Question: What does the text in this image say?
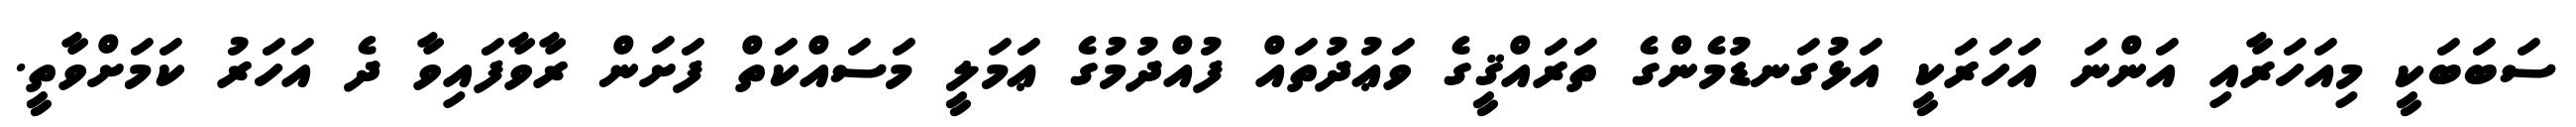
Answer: ސަބަބަކީ މިއަހަރާއި އަންނަ އަހަރަކީ އަޅުގަނޑުމެންގެ ތަރައްޤީގެ ވަޢުދުތައް ފުއްދުމުގެ ޢަމަލީ މަސައްކަތް ފަށަން ރާވާފައިވާ ދެ އަހަރު ކަމަށްވާތީ.